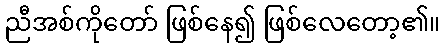
ညီအစ်ကိုတော် ဖြစ်နေ၍ ဖြစ်လေတော့၏။